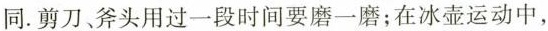
同。剪刀、斧头用过一段时间要磨一磨；在冰壶运动中，